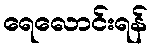
ရေလောင်းရန်